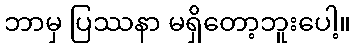
ဘာမှ ပြဿနာ မရှိတော့ဘူးပေါ့။